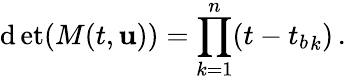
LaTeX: \operatorname*{\mathrm{d}et}(M(t,{\mathbf{{u}}}))=\prod_{k=1}^{n}(t-{t_{b}}_{k})\, .